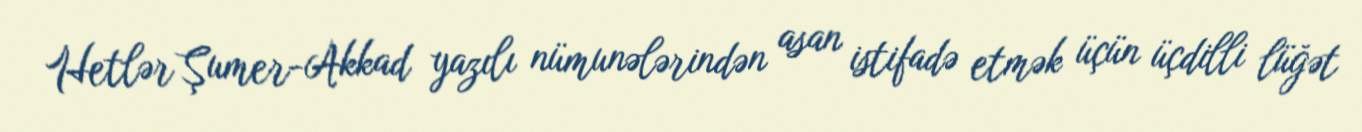
Hetlər Şumer-Akkad yazılı nümunələrindən asan istifadə etmək üçün üçdilli lüğət